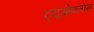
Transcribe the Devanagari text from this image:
ट्यूओफ्लोस